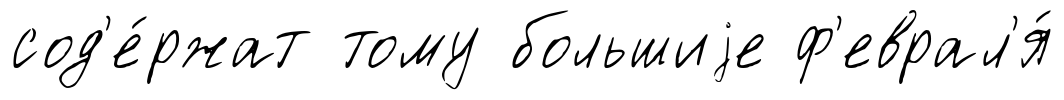
сод'е́ржат тому большиjе ф'еврал'я́